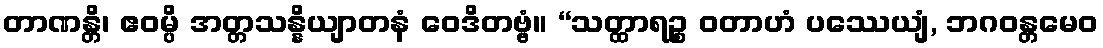
တာဏန္တိ၊ ဧဝမ္ပိ အတ္တသန္နိယျာတနံ ဝေဒိတဗ္ဗံ။ “သတ္ထာရဉ္စ ဝတာဟံ ပဿေယျံ, ဘဂဝန္တမေဝ